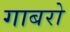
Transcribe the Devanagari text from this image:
गाबरो